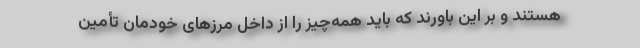
هستند و بر این باورند که باید همه‌چیز را از داخل مرزهای خودمان تأمین